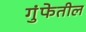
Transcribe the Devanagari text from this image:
गुंफेतील